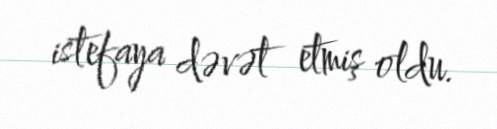
istefaya dəvət etmiş oldu.